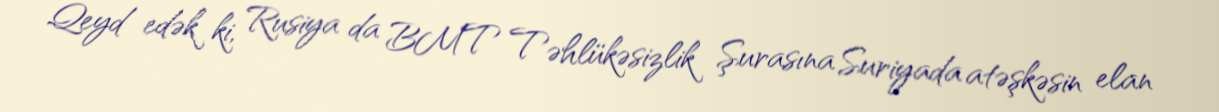
Qeyd edək ki, Rusiya da BMT Təhlükəsizlik Şurasına Suriyada atəşkəsin elan